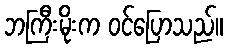
ဘကြီးမိုးက ဝင်ပြောသည်။